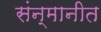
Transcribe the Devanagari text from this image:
संन्मानीत